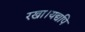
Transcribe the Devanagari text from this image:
रखा।यद्यपि